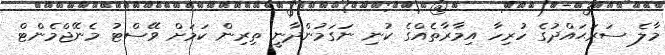
މާލެ ސަރަޙައްދުގެ ހުރިހާ އިމާރާތެއްގެ ކުނި ނަގަމުންދާނީ ތިރިން ކަމަށް ވޭސްޓު މެނޭޖްމެންޓް